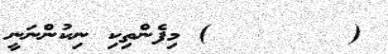
(      ٧ ) މިފެންތިކި ނިކުންނަނީ